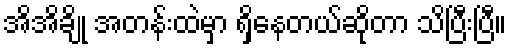
အိအိချို အတန်းထဲမှာ ရှိနေတယ်ဆိုတာ သိပြီးပြီ။